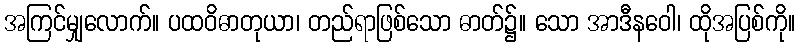
အကြင်မျှလောက်။ ပထဝိဓာတုယာ၊ တည်ရာဖြစ်သော ဓာတ်၌။ သော အာဒီနဝေါ၊ ထိုအပြစ်ကို။